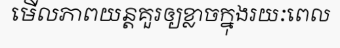
មើលភាពយន្តគួរឲ្យខ្លាចក្នុងរយៈពេល